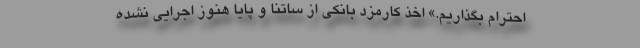
احترام بگذاریم.» اخذ کارمزد بانکی از ساتنا و پایا هنوز اجرایی نشده